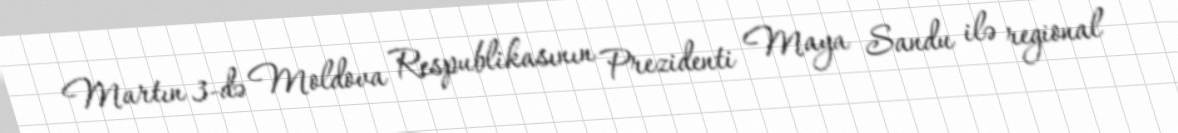
Martın 3-də Moldova Respublikasının Prezidenti Maya Sandu ilə regional